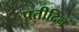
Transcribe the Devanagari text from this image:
प्रतीदिन